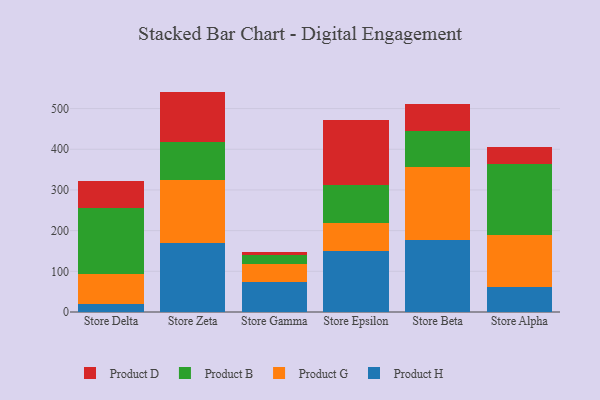
{"axis": {"x": "Store", "y": "Energy Usage (MWh)"}, "legend": ["Product B", "Product D", "Product G", "Product H"], "data": [{"x": "Store Delta", "y": 18.9, "type": "Product H"}, {"x": "Store Delta", "y": 74.7, "type": "Product G"}, {"x": "Store Delta", "y": 161.4, "type": "Product B"}, {"x": "Store Delta", "y": 67.9, "type": "Product D"}, {"x": "Store Zeta", "y": 170.8, "type": "Product H"}, {"x": "Store Zeta", "y": 152.5, "type": "Product G"}, {"x": "Store Zeta", "y": 94.3, "type": "Product B"}, {"x": "Store Zeta", "y": 124.1, "type": "Product D"}, {"x": "Store Gamma", "y": 73.2, "type": "Product H"}, {"x": "Store Gamma", "y": 43.6, "type": "Product G"}, {"x": "Store Gamma", "y": 22.4, "type": "Product B"}, {"x": "Store Gamma", "y": 7.5, "type": "Product D"}, {"x": "Store Epsilon", "y": 150.2, "type": "Product H"}, {"x": "Store Epsilon", "y": 67.8, "type": "Product G"}, {"x": "Store Epsilon", "y": 94.7, "type": "Product B"}, {"x": "Store Epsilon", "y": 158.0, "type": "Product D"}, {"x": "Store Beta", "y": 178.0, "type": "Product H"}, {"x": "Store Beta", "y": 177.5, "type": "Product G"}, {"x": "Store Beta", "y": 89.6, "type": "Product B"}, {"x": "Store Beta", "y": 65.8, "type": "Product D"}, {"x": "Store Alpha", "y": 60.4, "type": "Product H"}, {"x": "Store Alpha", "y": 128.8, "type": "Product G"}, {"x": "Store Alpha", "y": 173.5, "type": "Product B"}, {"x": "Store Alpha", "y": 42.6, "type": "Product D"}]}